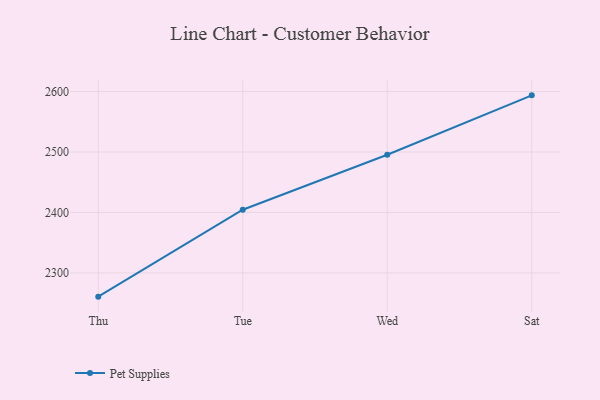
{"axis": {"x": "Day", "y": "Satisfaction Score"}, "legend": ["Pet Supplies"], "data": [{"x": "Thu", "y": 2260.8, "type": "Pet Supplies"}, {"x": "Tue", "y": 2404.6, "type": "Pet Supplies"}, {"x": "Wed", "y": 2495.5, "type": "Pet Supplies"}, {"x": "Sat", "y": 2593.7, "type": "Pet Supplies"}]}